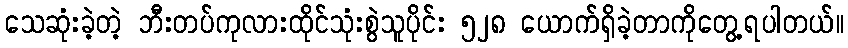
သေဆုံးခဲ့တဲ့ ဘီးတပ်ကုလားထိုင်သုံးစွဲသူပိုင်း ၅၂၈ ယောက်ရှိခဲ့တာကိုတွေ့ရပါတယ်။